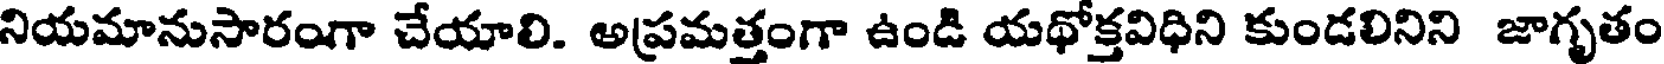
నియమానుసారంగా చేయాలి. అప్రమత్తంగా ఉండి యథోక్తవిధిని కుండలినిని జాగృతం